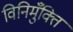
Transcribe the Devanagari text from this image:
विनिमुँक्ति